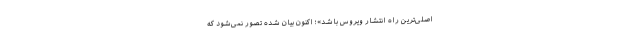
اصلی‌ترین راه انتشار ویروس باشد»؛ اکنون بیان شده تصور نمی‌شود که